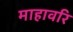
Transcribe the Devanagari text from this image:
माहावरि